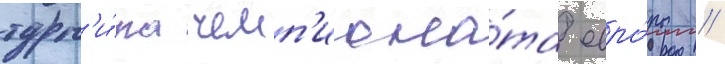
турн'и́ра чемп'иона́та евро́пы //